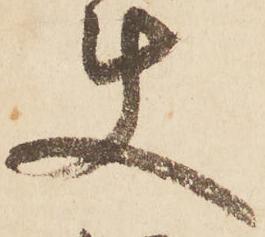
使